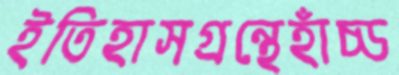
ইতিহাসগ্রন্থেহাঁচ্‌ড